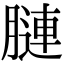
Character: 𦟪